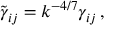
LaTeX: \tilde { \gamma } _ { i j } = k ^ { - 4 / 7 } \gamma _ { i j } \, ,